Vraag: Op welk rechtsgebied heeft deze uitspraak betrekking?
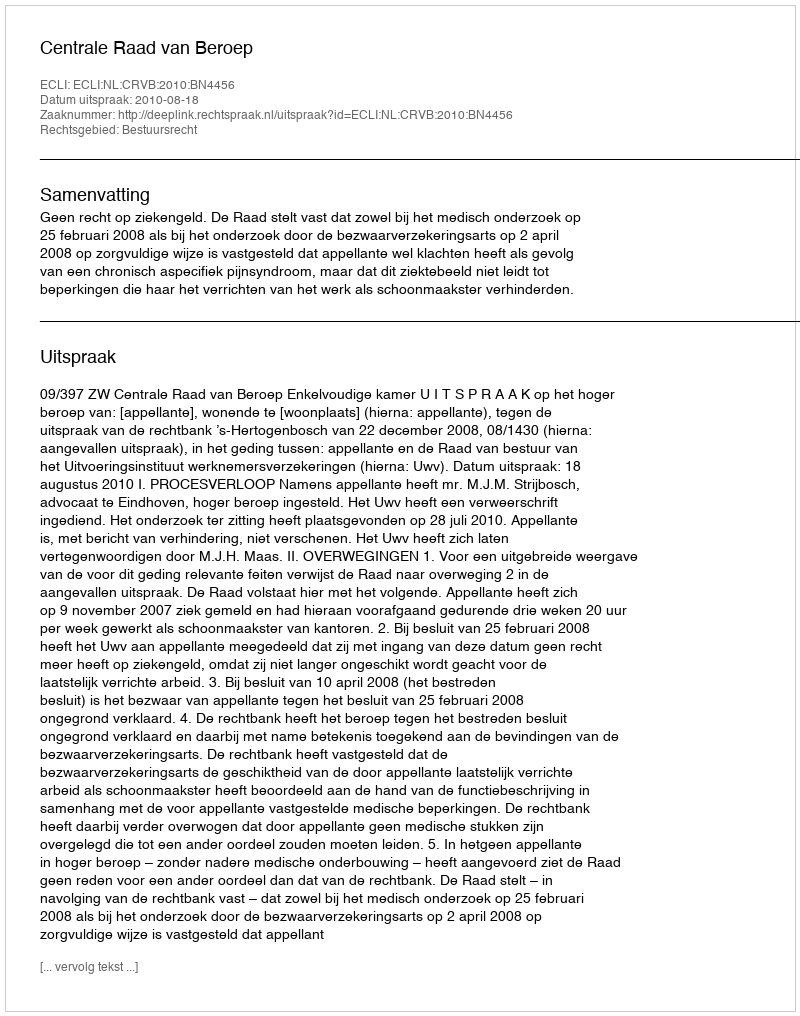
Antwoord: Bestuursrecht